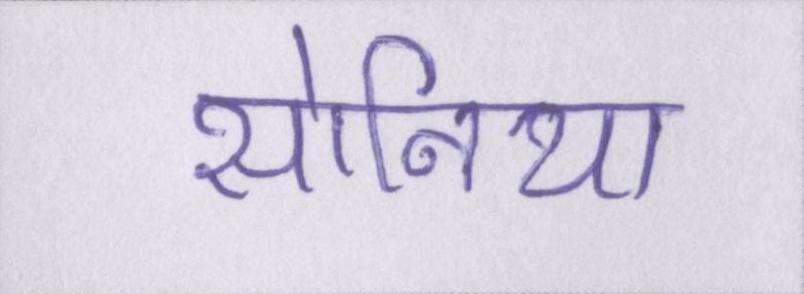
सोनिया